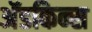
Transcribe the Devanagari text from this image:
अॅडकिन्स